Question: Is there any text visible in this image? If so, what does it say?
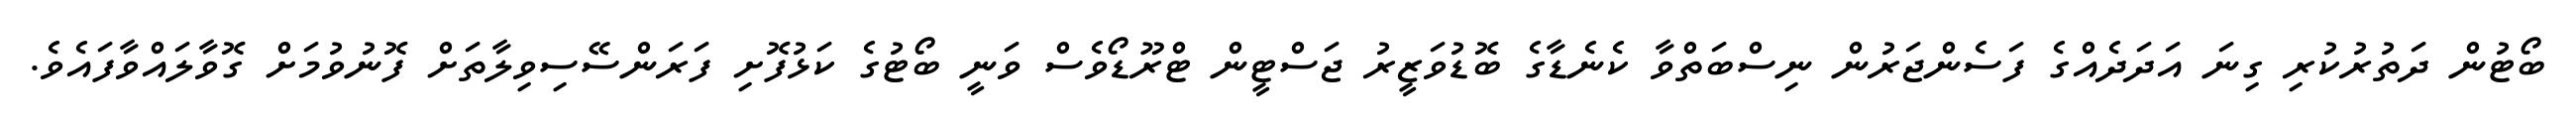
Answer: ބޯޓުން ދަތުރުކުރި ގިނަ އަދަދެއްގެ ފަސެންޖަރުން ނިސްބަތްވާ ކެނެޑާގެ ބޮޑުވަޒީރު ޖަސްޓީން ޓްރޫޑޯވެސް ވަނީ ބޯޓުގެ ކަޅުފޮށި ފަރަންސޭސިވިލާތަށް ފޮނުވުމަށް ގޮވާލައްވާފައެވެ.